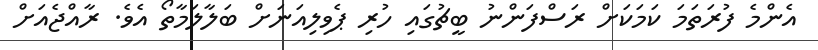
އެންމެ ފުރަތަމަ ކަމަކަށް ރަސްފަންނު ބީޗުގައި ހުރި ޕެވިލިއަނަށް ބަލާލަމާތޯ އެވެ. ރާއްޖެއަށް